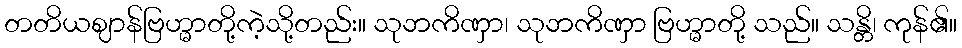
တတိယဈာန်ဗြဟ္မာတို့ကဲ့သို့တည်း။ သုဘကိဏှာ၊ သုဘကိဏှာ ဗြဟ္မာတို့ သည်။ သန္တိ၊ ကုန်၏။